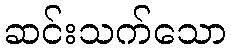
ဆင်းသက်သော